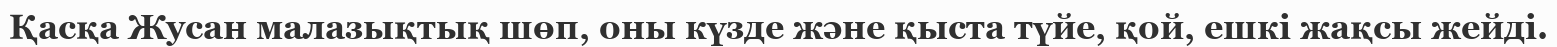
Қасқа Жусан малазықтық шөп, оны күзде және қыста түйе, қой, ешкі жақсы жейді.